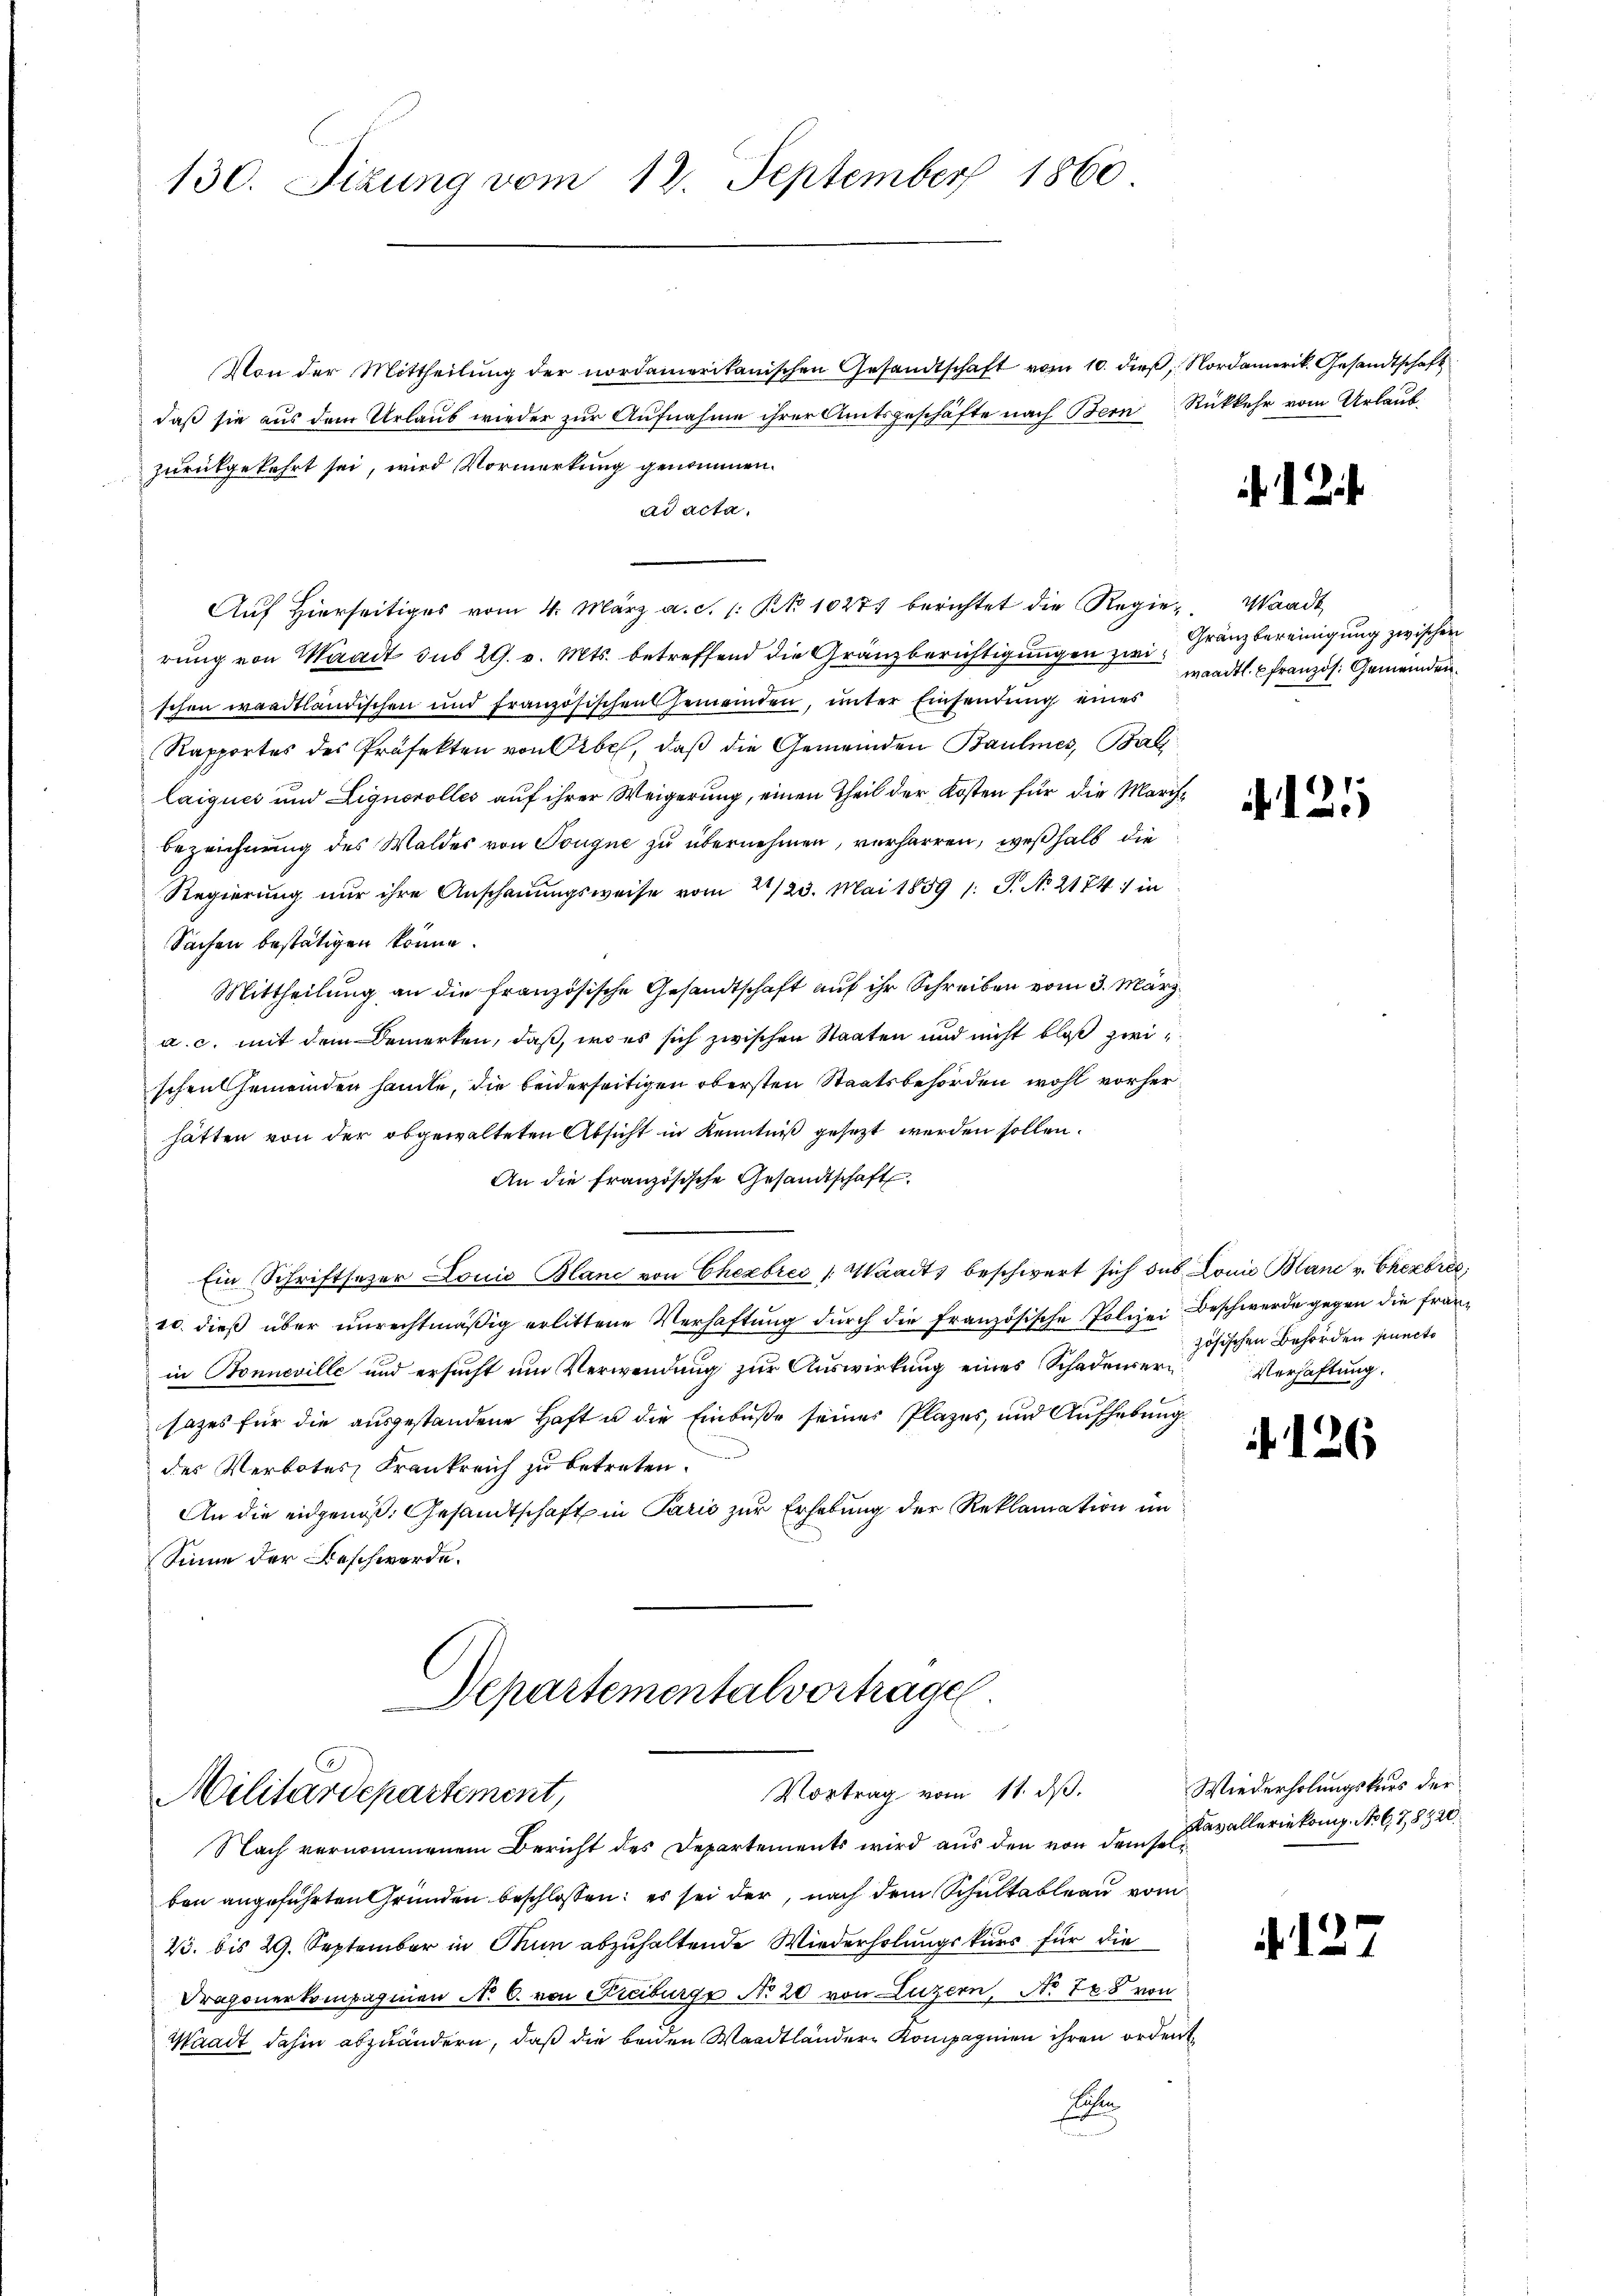
130. Sizung vom 18. September 1860

Von der Mittheilung der nordamerikanischen Gesandtschaft vom 10. dieß, Nordamerik. Gesandtschaft
daß sie aus dem Urlaub wieder zur Aufnahme ihrer Amtsgeschäfte nach Bern Rückkehr vom Urlaubzurückgekehrt sei, wird Vormerkung genommen.
ad acta.
Auf Hierseitiges vom 4. März a.c. s. Bd. 10271 berichtet die Regier. Waadt
rung von Waadt sub 29. v. Mts. betreffend die Gränzberichtigungen zwei Franzbereinigung zwischen
schen waadtländischen und französischen Gemeinden, unter Einsendung eines
Rapportes des Präfekten von Orbe, daß die Gemeinden Baulmes, Bali
laiques und Lignorolles auf ihrer Weigerung, einen Theil der Kosten für die March¬
Bezeichnung des Waldes von Tougne zu übernehmen, verharren, weßhalb die
Regierung nur ihre Anschauungsweise vom 22/23. Mai 1859 1. J. No 2174: in
Sachen bestätigen könne.
Mittheilung an die französische Gesandtschaft auf ihr Schreiben vom 3. März
a. c. mit dem Bemerken, daß, wo es sich zwischen Staaten und nicht bloß zwischen Gemeinden handle, die beiderseitigen obersten Staatsbehörden wohl vorherhätten von der obgewalteten Absicht in Kenntniß gesezt werden sollen.
An die französische Gesandtschaft
Ein Schriftsezer Louis Blanc von Chexbres /: Waadt, beschwert sich sub Lonie Blanc v. Cherbres,
10. dieß über unrechtmäßig erlittene Verhaftung durch die französische Polizei Beschwerde gegen die franin Bonneville und ersucht um Verwendung zur Auswirkung eines Schadenverzösischen Behörden puncte
sazes für die ausgestandene Haft u die Einbuße seines Plazes, und Aufhebung
des Verbotes Frankreich zu betreten.
An die eidgenoß. Gesandtschaft in Paris zur Erhebung der Reklamation im
Sinne der Beschwerde.

Departementalvortragen.

Vortrag vom 11. dβ.
Militärdepartement,

Nach vernommenem Bericht des Departements wird aus den von dem Falleriekomp. No 67,8520.
ben angeführten Gründen beschlossen: es sei der, nach dem Schultableau vom
23. bis 29. September in Thun abzuhaltende Wiederholungskurs für die
Dragonerkompagnien No 6. von Freiburg No 20 von Luzern, No 788 von
Waadt dahin abzuändern, daß die beiden Waadtländere Kompagnien ihren ordent
E

R

waadtl französ. Gemeinden.

121

Verhaftung.

. 126

Wiederholungskurs der